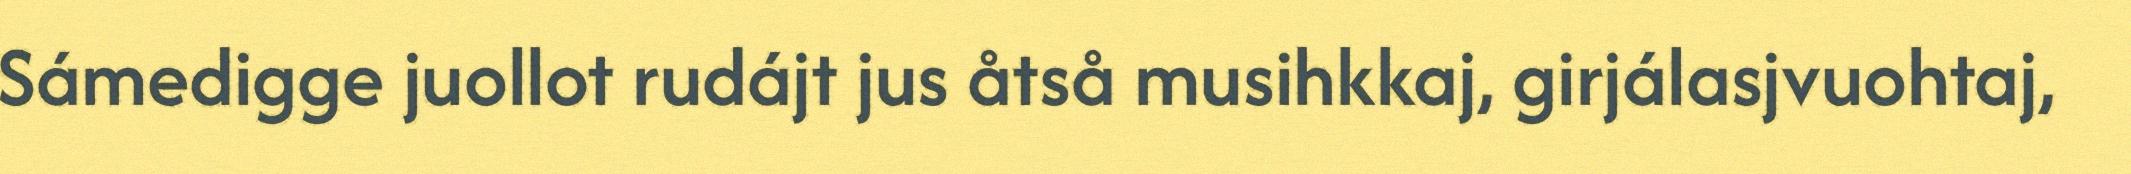
Sámedigge juollot rudájt jus åtså musihkkaj, girjálasjvuohtaj,